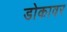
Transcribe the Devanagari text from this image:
डोकावर